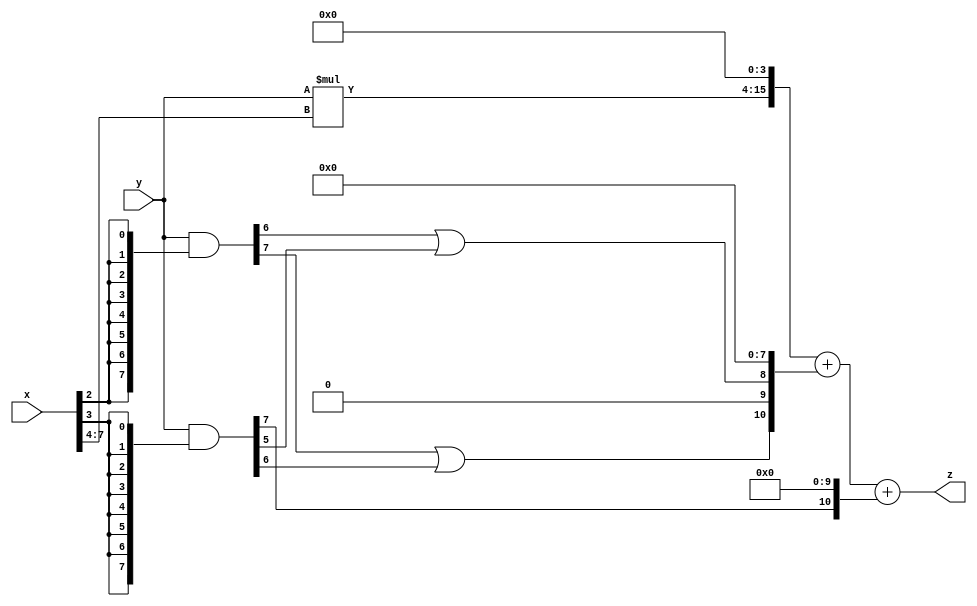
// terms: 3
// fval:  203962.25

module unsigned_exchange_8x8_l4_lamb30000_1 (
	input [7:0] x,
	input [7:0] y,
	output [15:0] z
);

wire [7:0] part1 =  y & {8{x[0]}};
wire [7:0] part2 =  y & {8{x[1]}};
wire [7:0] part3 =  y & {8{x[2]}};
wire [7:0] part4 =  y & {8{x[3]}};
wire [7:0] part5 =  y & {8{x[4]}};
wire [7:0] part6 =  y & {8{x[5]}};
wire [7:0] part7 =  y & {8{x[6]}};
wire [7:0] part8 =  y & {8{x[7]}};

wire [10:0] new_part1;
assign new_part1[0] = 0;
assign new_part1[1] = 0;
assign new_part1[2] = 0;
assign new_part1[3] = 0;
assign new_part1[4] = 0;
assign new_part1[5] = 0;
assign new_part1[6] = 0;
assign new_part1[7] = 0;
assign new_part1[8] = part3[6] | part4[5];
assign new_part1[9] = 0;
assign new_part1[10] = part3[7] | part4[6];

wire [10:0] new_part2;
assign new_part2[0] = 0;
assign new_part2[1] = 0;
assign new_part2[2] = 0;
assign new_part2[3] = 0;
assign new_part2[4] = 0;
assign new_part2[5] = 0;
assign new_part2[6] = 0;
assign new_part2[7] = 0;
assign new_part2[8] = 0;
assign new_part2[9] = 0;
assign new_part2[10] = part4[7];

wire [11:0] tmp_z = y*x[7:4];

assign z = {tmp_z, 4'd 0} + new_part1 + new_part2;

endmodule